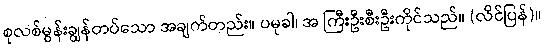
စုလစ်မွန်းချွန်တပ်သော အချက်တည်း။ ပမုခါ၊ အ ကြီးဦးစီးဦးကိုင်သည်။ (လိင်ပြန်)။